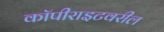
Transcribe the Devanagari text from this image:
कॉपीराइटवरील